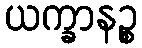
ယက္ခာနဉ္စ